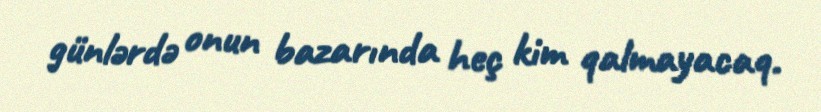
günlərdə onun bazarında heç kim qalmayacaq.